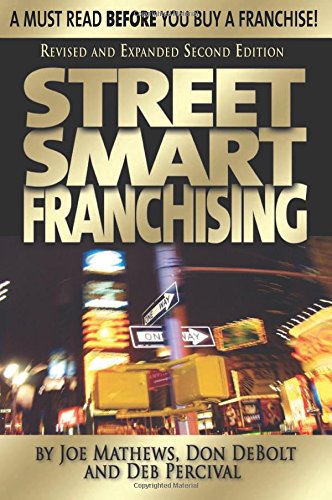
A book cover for Street Smart Franchising; Joe Mathews; Reference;